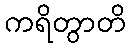
ကရိတွာတိ